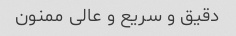
دقیق و سریع و عالی ممنون